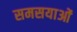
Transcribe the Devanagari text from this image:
समसयाओं